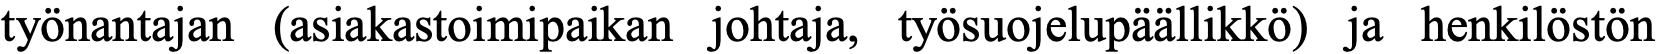
työnantajan (asiakastoimipaikan johtaja, työsuojelupäällikkö) ja henkilöstön